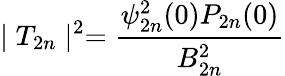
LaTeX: \mid T_{2n}\mid^{2}=\frac{\psi_{2n}^{2}(0)P_{2n}(0)}{B_{2n}^{2}}